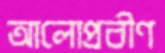
আলোপ্রবীণ